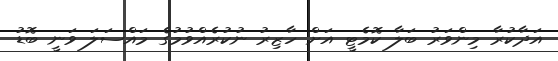
އަދާކުރާ މިންވަރު ބަލާ ކޮމެޓީ އަށް ހާޒިރު ނުކުރެއްވުމުގެ މައްސަލަ ވަނީ ބޮޑު